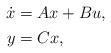
LaTeX: \begin{align*} \begin{aligned} \dot{x} &= A x + B u, \\ y &= C x, \end{aligned}\end{align*}